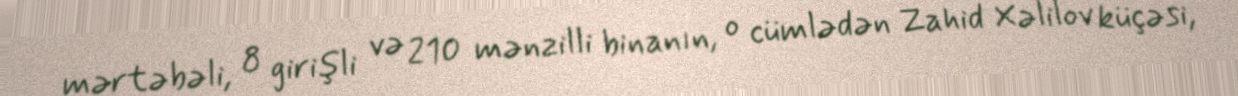
mərtəbəli, 8 girişli və 210 mənzilli binanın, o cümlədən Zahid Xəlilov küçəsi,